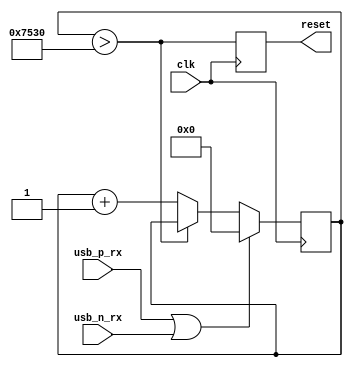
module usb_reset_det (
  input clk,
  output reset,

  input usb_p_rx,
  input usb_n_rx
);
  // reset detection
  reg [16:0] reset_timer = 0;
  reg reset_i = 0;


  wire timer_expired = reset_timer > 16'd30000;
  always @(posedge clk) reset_i <= timer_expired;
  assign reset = reset_i;
 
  
  always @(posedge clk) begin
    if (usb_p_rx || usb_n_rx) begin
      reset_timer <= 0;
    end else begin
      // SE0 detected from host
      if (!timer_expired) begin
        // timer not expired yet, keep counting
        reset_timer <= reset_timer + 1;
      end
    end
  end
  
endmodule